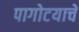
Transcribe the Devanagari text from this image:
पागोटयाचे